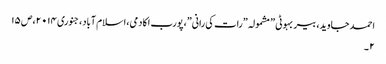
احمد جاوید، بیر بہوٹی ” مشمولہ ”رات کی رانی”،پورب اکادمی،اسلام آباد،جنوری ۰۱۴ ۲،ص ۱۵
۲ ۔